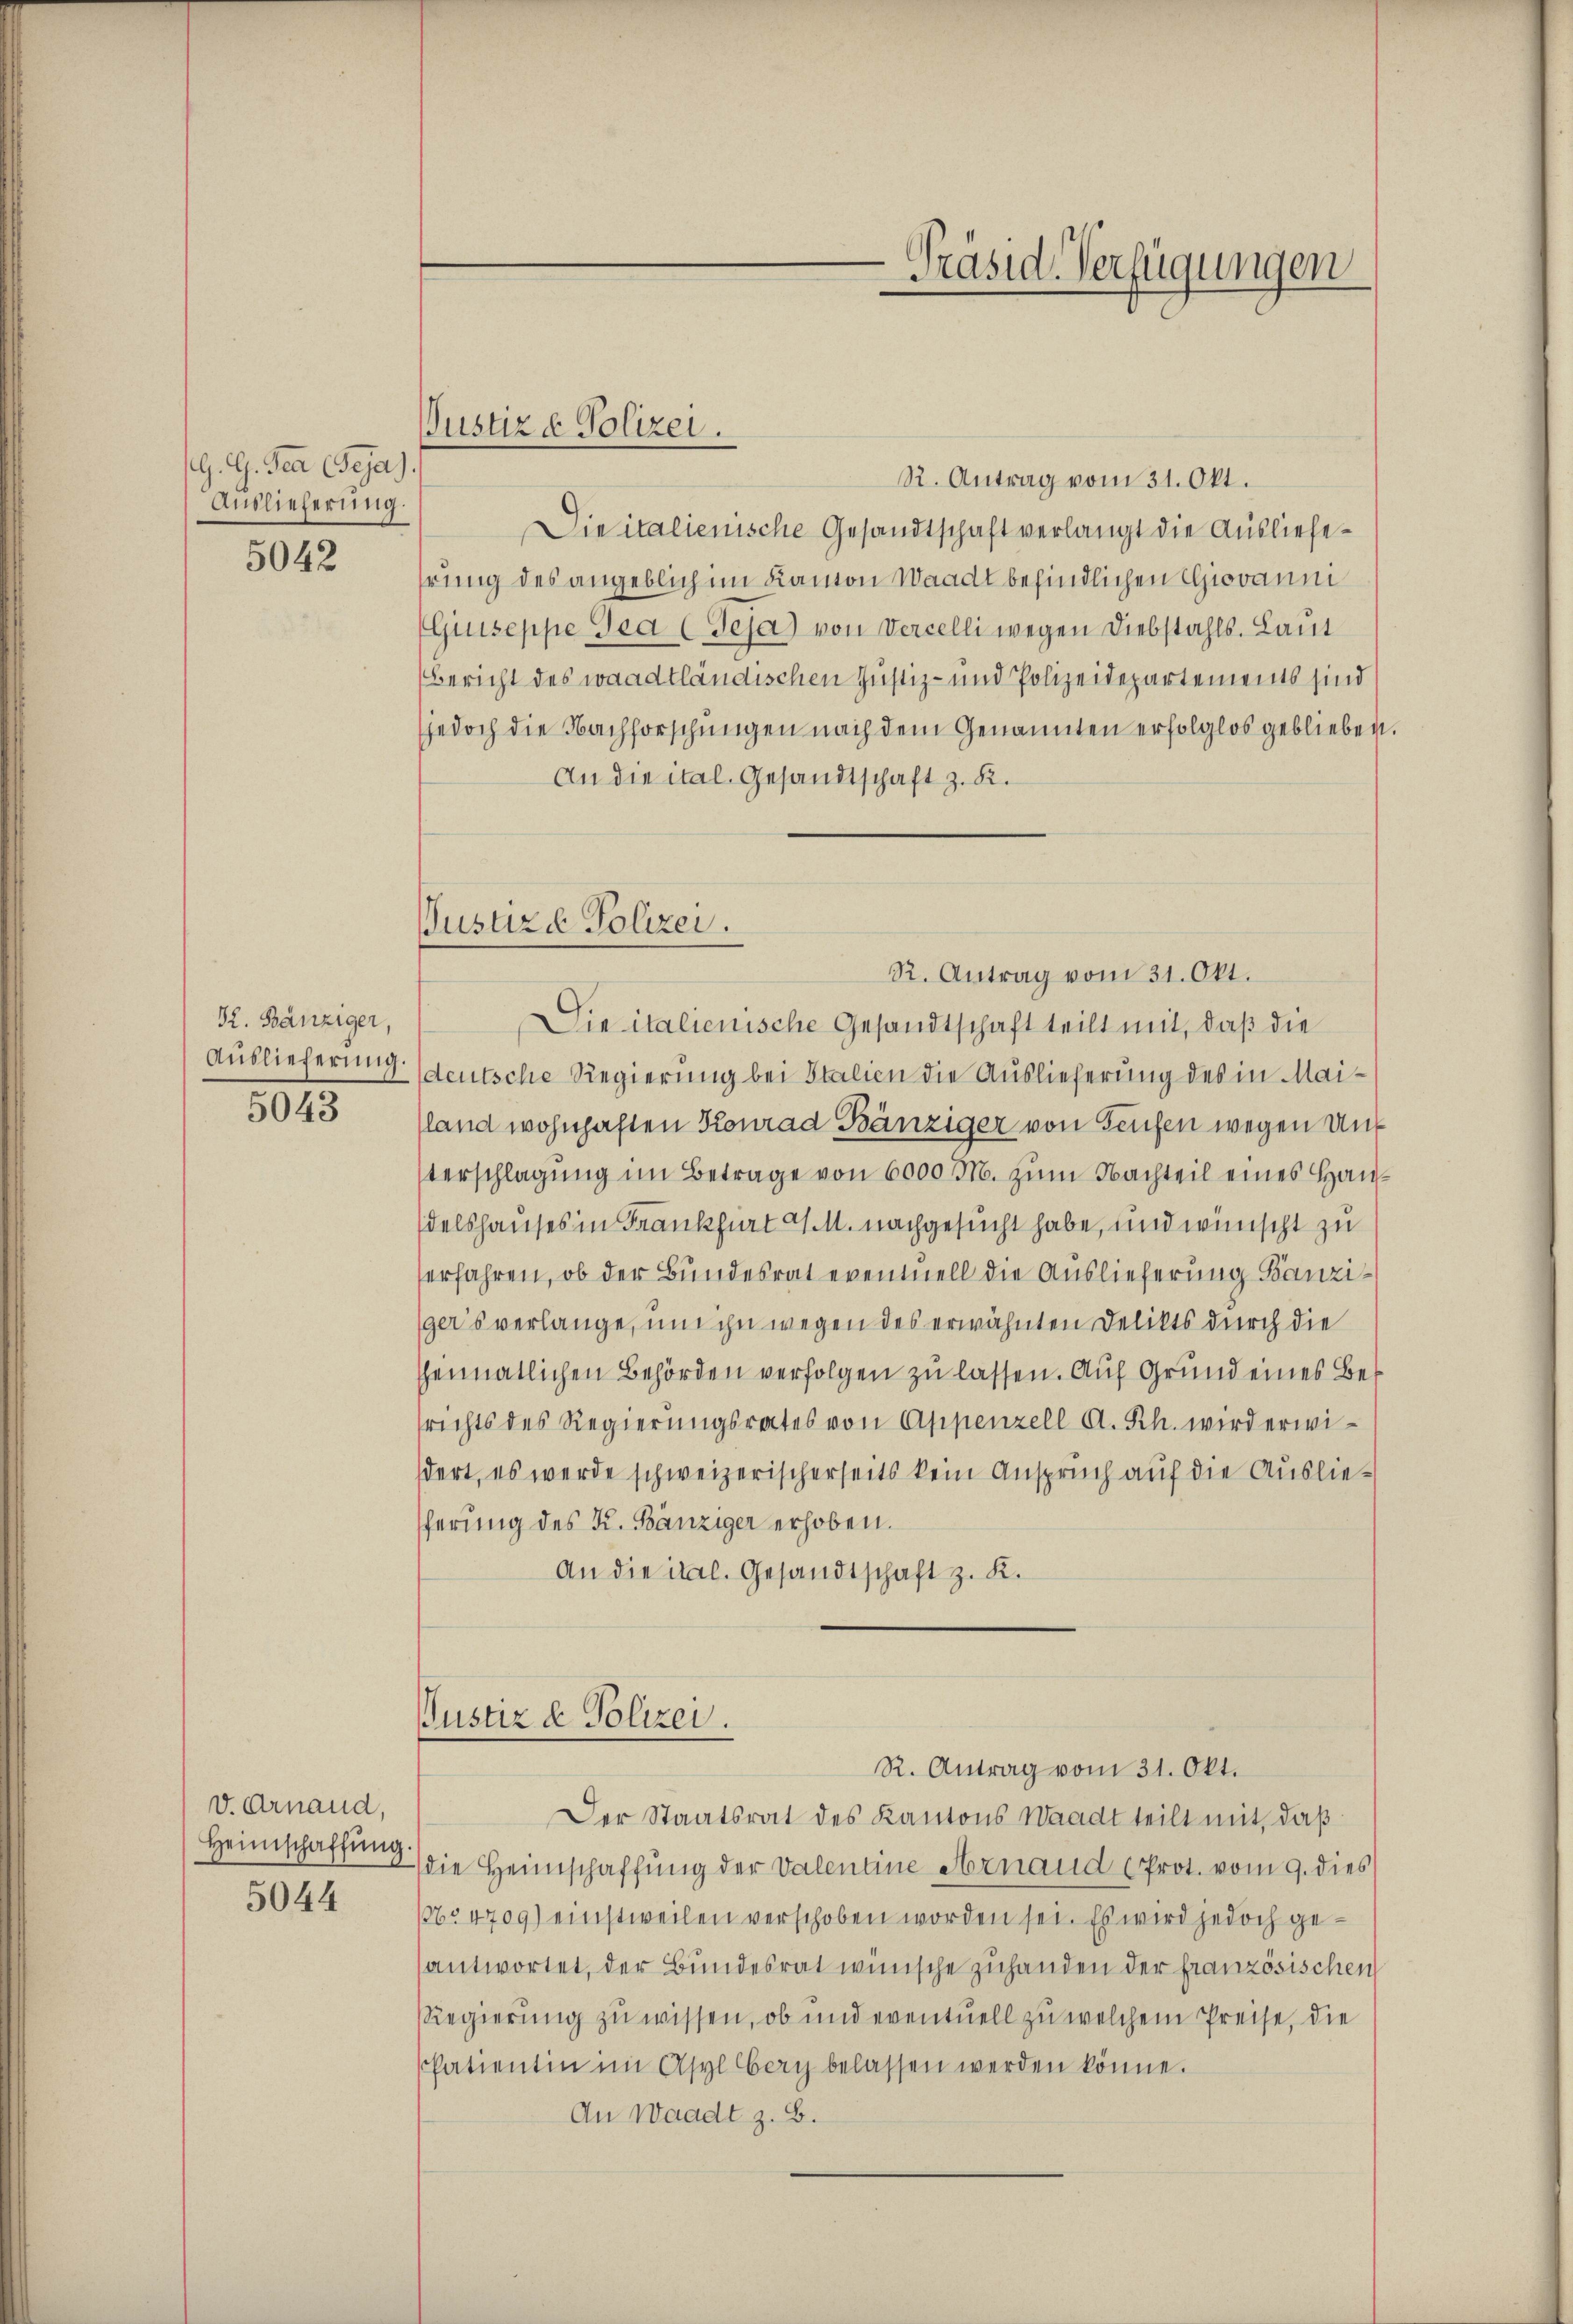
G. G. den (Geja)
Auslieferung.

5042

K. Bänziger,
Auslieferung.
5043

v. Arnaud,
Heimschaffung
5044

R. Antrag vom 31. Okt.
Dieitalienische Gesandtschaft verlangt die Ausliefehrung des angeblich im Kanton Waadt befindlichen Giovanni
Giuseppe Tea (Teja) von Vercelli wegen Diebstahls. Laut
(Bericht des waadtländischen Justiz- und Polizeidepartements sind
jedoch die Nachforschungen nach dem Genannten erfolglos geblieben.
An die ital. Gesandtschaft z. R.
R. Antrag vom 31. Okt.
Die italienische Gesandtschaft teilt mit, daß die
deutsche Regierung bei Stalien die Auslieferung des in Maisland wohnhaften Konrad Bänziger von Teufen wegen Unterschlagung im Betrage von 6000 M. zum Nachteil eines Haudelshauses in Frankfurt a M. nachgesucht habe, und wünscht zu
erfahren, ob der Bundesrat evennell die Auslieferung Banziger’s verlange, um ihn wegen des erwähnten Delikts durch die
sheimatlichen Behörden verfolgen zu lassen. Auf Grund eines Besrichts des Regierungsrates von Appenzell A. Rh. wird erwidert, es werde schweizerischerseits kein Anspruch auf die Auslieferung des K. Bänziger erhoben.
An die ital. Gesandtschaft z. K.
Justiz & Polizei.
R. Antrag vom 31. Okt.
Der Staatsrat des Kantons Waadt teilt mit, daß
die Heimschaffung der Valentine Arnaud (Prot. vom 9. dies
16. 4709) einstweilen verschoben worden sei. Es wird jedoch geantwortet, der Bundesrat wünsche zuhanden der französischen
Regierung zu wissen, ob und eventuell zu welchem Preise, die
shatientin im Asylberg belassen werden könne.
An Waadt z. B.

Justiz e Polizei.

Justizde Polizei.

Präsid. Verfügungen